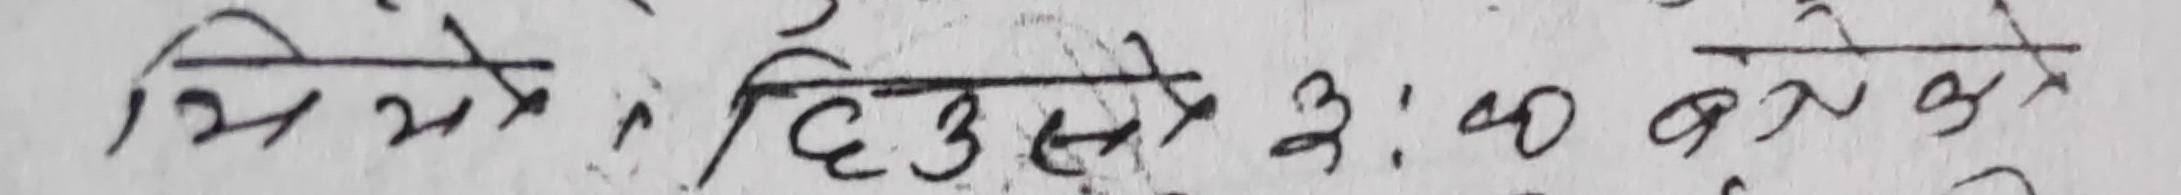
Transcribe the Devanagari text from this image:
मिले तिउसो ३:४० बजे